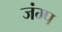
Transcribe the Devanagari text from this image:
जंम्प